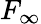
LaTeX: F_{\infty}